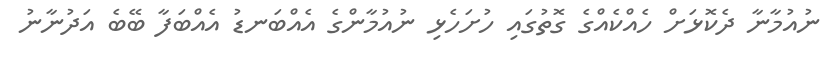
ނުއުމާނާ ދެކޮޅަށް ހެއްކެއްގެ ގޮތުގައި ހުށަހެޅި ނުއުމާންގެ އެއްބަނޑު އެއްބަފާ ބޭބެ އަދުނާނު